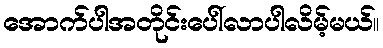
အောက်ပါအတိုင်းပေါ်လာပါလိမ့်မယ်။